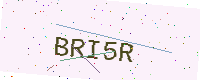
Text: BRI5R